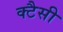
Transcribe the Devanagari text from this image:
क्टैसी